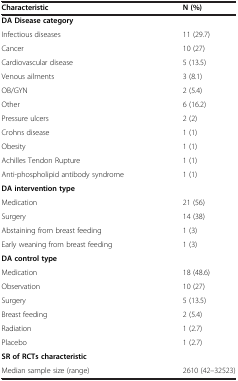
| Characteristic | N (%) |
 | --- | --- |
 | <COLSPAN=2> DA Disease category |
 | Infectious diseases | 11 (29.7) |
 | Cancer | 10 (27) |
 | Cardiovascular disease | 5 (13.5) |
 | Venous ailments | 3 (8.1) |
 | OB/GYN | 2 (5.4) |
 | Other | 6 (16.2) |
 | Pressure ulcers | 2 (2) |
 | Crohns disease | 1 (1) |
 | Obesity | 1 (1) |
 | Achilles Tendon Rupture | 1 (1) |
 | Anti-phospholipid antibody syndrome | 1 (1) |
 | <COLSPAN=2> DA intervention type |
 | Medication | 21 (56) |
 | Surgery | 14 (38) |
 | Abstaining from breast feeding | 1 (3) |
 | Early weaning from breast feeding | 1 (3) |
 | <COLSPAN=2> DA control type |
 | Medication | 18 (48.6) |
 | Observation | 10 (27) |
 | Surgery | 5 (13.5) |
 | Breast feeding | 2 (5.4) |
 | Radiation | 1 (2.7) |
 | Placebo | 1 (2.7) |
 | <COLSPAN=2> SR of RCTs characteristic |
 | Median sample size (range) | 2610 (42–32523) |